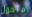
متحول